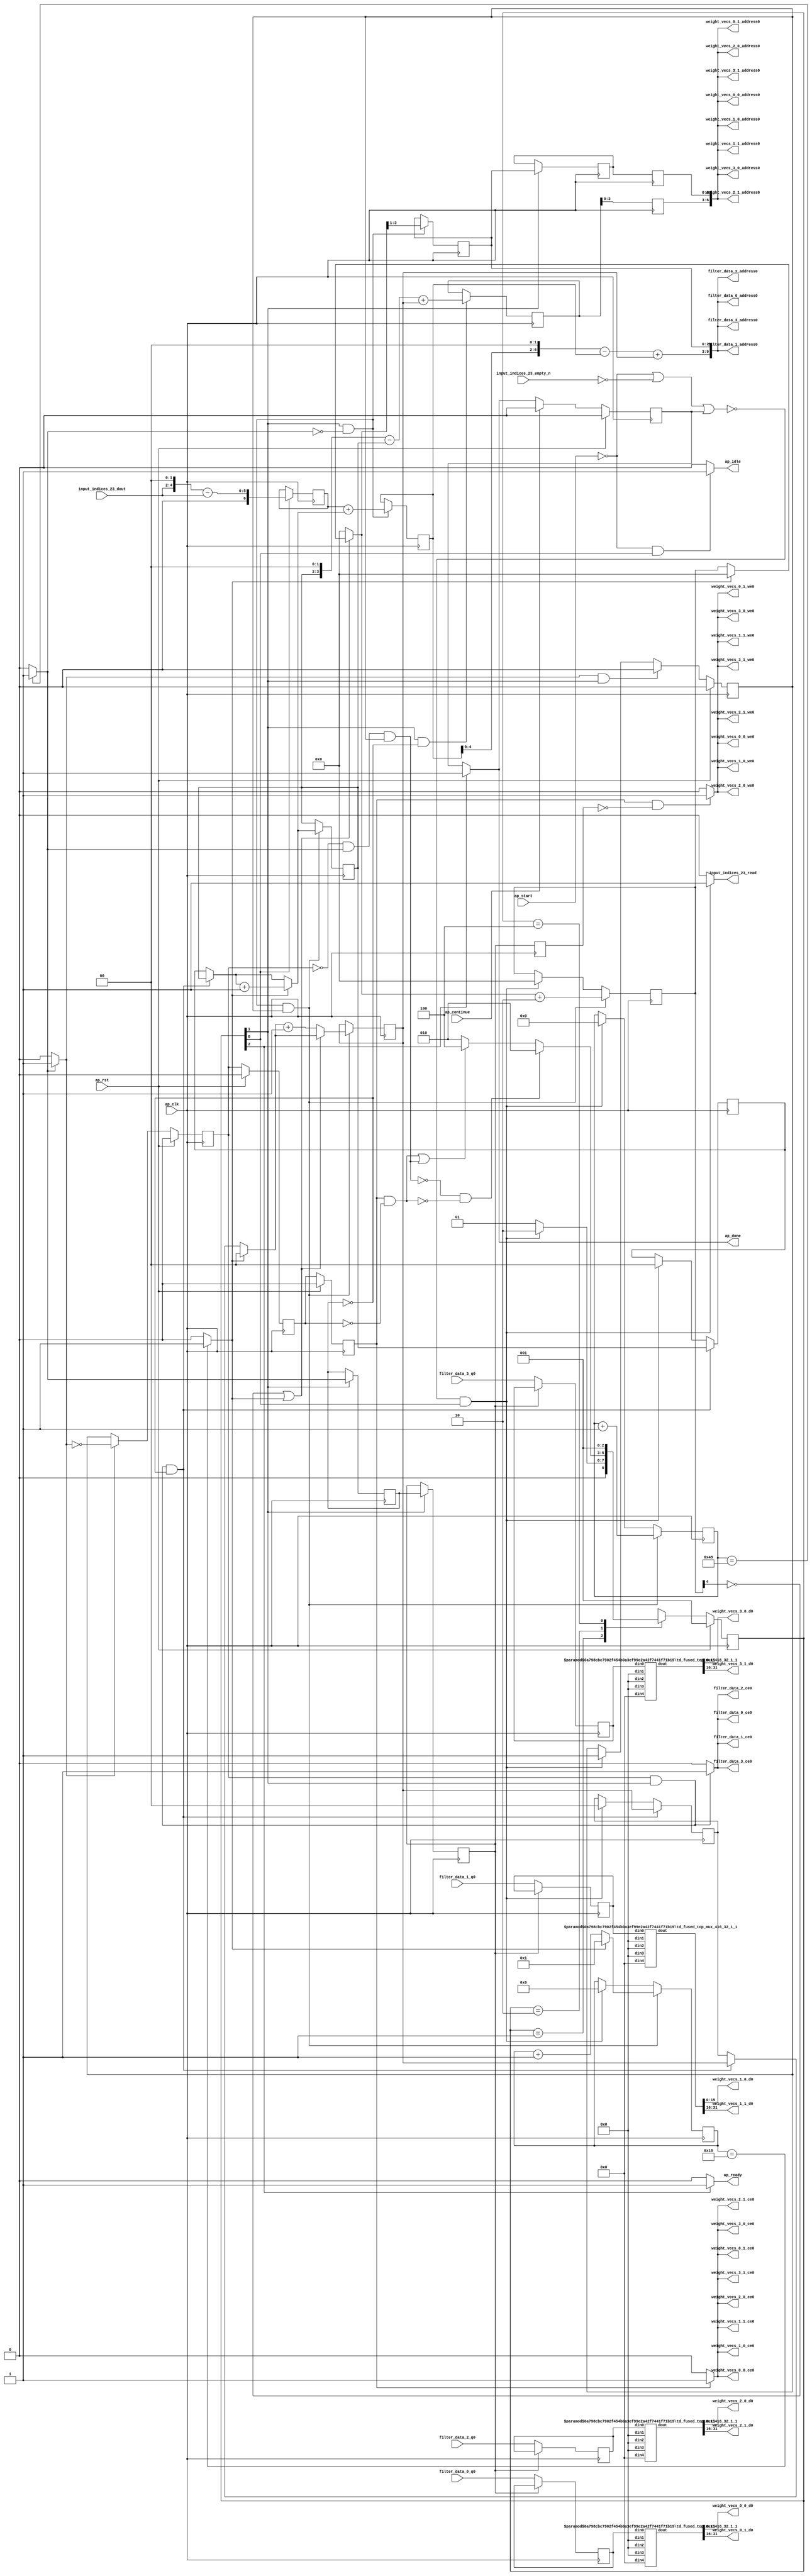
`define EXPONENT 5
`define MANTISSA 10
`define ACTUAL_MANTISSA 11
`define EXPONENT_LSB 10
`define EXPONENT_MSB 14
`define MANTISSA_LSB 0
`define MANTISSA_MSB 9
`define MANTISSA_MUL_SPLIT_LSB 3
`define MANTISSA_MUL_SPLIT_MSB 9
`define SIGN 1
`define SIGN_LOC 15
`define DWIDTH (`SIGN+`EXPONENT+`MANTISSA)
`define IEEE_COMPLIANCE 1

module td_fused_top_tdf2_readFilters24 (
        ap_clk,
        ap_rst,
        ap_start,
        ap_done,
        ap_continue,
        ap_idle,
        ap_ready,
        filter_data_0_address0,
        filter_data_0_ce0,
        filter_data_0_q0,
        filter_data_1_address0,
        filter_data_1_ce0,
        filter_data_1_q0,
        filter_data_2_address0,
        filter_data_2_ce0,
        filter_data_2_q0,
        filter_data_3_address0,
        filter_data_3_ce0,
        filter_data_3_q0,
        input_indices_23_dout,
        input_indices_23_empty_n,
        input_indices_23_read,
        weight_vecs_0_0_address0,
        weight_vecs_0_0_ce0,
        weight_vecs_0_0_we0,
        weight_vecs_0_0_d0,
        weight_vecs_0_1_address0,
        weight_vecs_0_1_ce0,
        weight_vecs_0_1_we0,
        weight_vecs_0_1_d0,
        weight_vecs_1_0_address0,
        weight_vecs_1_0_ce0,
        weight_vecs_1_0_we0,
        weight_vecs_1_0_d0,
        weight_vecs_1_1_address0,
        weight_vecs_1_1_ce0,
        weight_vecs_1_1_we0,
        weight_vecs_1_1_d0,
        weight_vecs_2_0_address0,
        weight_vecs_2_0_ce0,
        weight_vecs_2_0_we0,
        weight_vecs_2_0_d0,
        weight_vecs_2_1_address0,
        weight_vecs_2_1_ce0,
        weight_vecs_2_1_we0,
        weight_vecs_2_1_d0,
        weight_vecs_3_0_address0,
        weight_vecs_3_0_ce0,
        weight_vecs_3_0_we0,
        weight_vecs_3_0_d0,
        weight_vecs_3_1_address0,
        weight_vecs_3_1_ce0,
        weight_vecs_3_1_we0,
        weight_vecs_3_1_d0
);

parameter    ap_ST_fsm_state1 = 3'd1;
parameter    ap_ST_fsm_pp0_stage0 = 3'd2;
parameter    ap_ST_fsm_state6 = 3'd4;

input   ap_clk;
input   ap_rst;
input   ap_start;
output   ap_done;
input   ap_continue;
output   ap_idle;
output   ap_ready;
output  [9:0] filter_data_0_address0;
output   filter_data_0_ce0;
input  [31:0] filter_data_0_q0;
output  [9:0] filter_data_1_address0;
output   filter_data_1_ce0;
input  [31:0] filter_data_1_q0;
output  [9:0] filter_data_2_address0;
output   filter_data_2_ce0;
input  [31:0] filter_data_2_q0;
output  [9:0] filter_data_3_address0;
output   filter_data_3_ce0;
input  [31:0] filter_data_3_q0;
input  [2:0] input_indices_23_dout;
input   input_indices_23_empty_n;
output   input_indices_23_read;
output  [6:0] weight_vecs_0_0_address0;
output   weight_vecs_0_0_ce0;
output   weight_vecs_0_0_we0;
output  [15:0] weight_vecs_0_0_d0;
output  [6:0] weight_vecs_0_1_address0;
output   weight_vecs_0_1_ce0;
output   weight_vecs_0_1_we0;
output  [15:0] weight_vecs_0_1_d0;
output  [6:0] weight_vecs_1_0_address0;
output   weight_vecs_1_0_ce0;
output   weight_vecs_1_0_we0;
output  [15:0] weight_vecs_1_0_d0;
output  [6:0] weight_vecs_1_1_address0;
output   weight_vecs_1_1_ce0;
output   weight_vecs_1_1_we0;
output  [15:0] weight_vecs_1_1_d0;
output  [6:0] weight_vecs_2_0_address0;
output   weight_vecs_2_0_ce0;
output   weight_vecs_2_0_we0;
output  [15:0] weight_vecs_2_0_d0;
output  [6:0] weight_vecs_2_1_address0;
output   weight_vecs_2_1_ce0;
output   weight_vecs_2_1_we0;
output  [15:0] weight_vecs_2_1_d0;
output  [6:0] weight_vecs_3_0_address0;
output   weight_vecs_3_0_ce0;
output   weight_vecs_3_0_we0;
output  [15:0] weight_vecs_3_0_d0;
output  [6:0] weight_vecs_3_1_address0;
output   weight_vecs_3_1_ce0;
output   weight_vecs_3_1_we0;
output  [15:0] weight_vecs_3_1_d0;

reg ap_done;
reg ap_idle;
reg ap_ready;
reg filter_data_0_ce0;
reg filter_data_1_ce0;
reg filter_data_2_ce0;
reg filter_data_3_ce0;
reg input_indices_23_read;
reg weight_vecs_0_0_ce0;
reg weight_vecs_0_0_we0;
reg weight_vecs_0_1_ce0;
reg weight_vecs_0_1_we0;
reg weight_vecs_1_0_ce0;
reg weight_vecs_1_0_we0;
reg weight_vecs_1_1_ce0;
reg weight_vecs_1_1_we0;
reg weight_vecs_2_0_ce0;
reg weight_vecs_2_0_we0;
reg weight_vecs_2_1_ce0;
reg weight_vecs_2_1_we0;
reg weight_vecs_3_0_ce0;
reg weight_vecs_3_0_we0;
reg weight_vecs_3_1_ce0;
reg weight_vecs_3_1_we0;

reg    ap_done_reg;
  reg   [2:0] ap_CS_fsm;
wire    ap_CS_fsm_state1;
reg    input_indices_23_blk_n;
reg   [6:0] indvar_flatten13_reg_288;
reg   [1:0] ii_reg_299;
reg   [5:0] indvar_flatten_reg_310;
reg   [1:0] jj_reg_321;
reg   [4:0] kk_reg_332;
wire   [6:0] sext_ln47_fu_365_p1;
reg   [6:0] sext_ln47_reg_737;
wire   [6:0] add_ln47_5_fu_369_p2;
wire    ap_CS_fsm_pp0_stage0;
reg    ap_enable_reg_pp0_iter0;
wire    ap_block_state2_pp0_stage0_iter0;
wire    ap_block_state3_pp0_stage0_iter1;
wire    ap_block_state4_pp0_stage0_iter2;
wire    ap_block_state5_pp0_stage0_iter3;
wire    ap_block_pp0_stage0_11001;
wire   [0:0] icmp_ln47_fu_375_p2;
reg   [0:0] icmp_ln47_reg_747;
reg   [0:0] icmp_ln47_reg_747_pp0_iter1_reg;
reg   [0:0] icmp_ln47_reg_747_pp0_iter2_reg;
wire   [1:0] select_ln47_10_fu_409_p3;
reg   [1:0] select_ln47_10_reg_751;
wire   [6:0] add_ln55_fu_421_p2;
reg   [6:0] add_ln55_reg_758;
wire   [1:0] select_ln48_9_fu_460_p3;
reg   [1:0] select_ln48_9_reg_764;
reg   [2:0] lshr_ln_reg_771;
reg   [2:0] lshr_ln_reg_771_pp0_iter1_reg;
reg   [2:0] lshr_ln_reg_771_pp0_iter2_reg;
wire   [4:0] add_ln49_fu_478_p2;
wire   [5:0] select_ln48_10_fu_490_p3;
wire   [5:0] add_ln55_10_fu_554_p2;
reg   [5:0] add_ln55_10_reg_787;
reg   [5:0] add_ln55_10_reg_787_pp0_iter2_reg;
reg   [31:0] filter_data_0_load_reg_812;
reg   [31:0] filter_data_1_load_reg_817;
reg   [31:0] filter_data_2_load_reg_822;
reg   [31:0] filter_data_3_load_reg_827;
reg    ap_block_state1;
wire    ap_block_pp0_stage0_subdone;
reg    ap_condition_pp0_exit_iter0_state2;
reg    ap_enable_reg_pp0_iter1;
reg    ap_enable_reg_pp0_iter2;
reg    ap_enable_reg_pp0_iter3;
reg   [1:0] ap_phi_mux_ii_phi_fu_303_p4;
wire    ap_block_pp0_stage0;
reg   [1:0] ap_phi_mux_jj_phi_fu_325_p4;
wire   [63:0] tmp_44_fu_560_p3;
wire   [63:0] sext_ln55_10_fu_577_p1;
wire   [4:0] tmp_42_fu_347_p3;
wire   [5:0] zext_ln55_28_fu_355_p1;
wire   [5:0] zext_ln55_fu_343_p1;
wire   [5:0] sub_ln55_fu_359_p2;
wire   [0:0] icmp_ln48_fu_387_p2;
wire   [1:0] add_ln47_fu_381_p2;
wire   [6:0] zext_ln55_30_fu_417_p1;
wire   [0:0] tmp_70_fu_426_p3;
wire   [0:0] xor_ln49_fu_434_p2;
wire   [1:0] select_ln47_fu_393_p3;
wire   [0:0] or_ln47_fu_440_p2;
wire   [4:0] select_ln47_9_fu_401_p3;
wire   [1:0] add_ln48_fu_446_p2;
wire   [4:0] select_ln48_fu_452_p3;
wire   [5:0] add_ln48_5_fu_484_p2;
wire   [8:0] tmp_69_fu_504_p3;
wire   [60:0] sext_ln55_9_fu_511_p1;
wire   [60:0] sext_ln55_fu_501_p1;
wire   [3:0] tmp_43_fu_521_p3;
wire   [4:0] zext_ln55_31_fu_528_p1;
wire   [4:0] zext_ln55_29_fu_498_p1;
wire   [4:0] sub_ln55_10_fu_532_p2;
wire   [60:0] sub_ln55_9_fu_515_p2;
wire   [60:0] zext_ln55_33_fu_545_p1;
wire   [5:0] sext_ln48_fu_538_p1;
wire   [5:0] zext_ln55_32_fu_542_p1;
wire   [60:0] add_ln55_9_fu_548_p2;
wire   [8:0] tmp_71_fu_571_p3;
wire   [31:0] tmp_fu_589_p6;
wire   [15:0] trunc_ln55_fu_602_p1;
wire   [31:0] tmp_s_fu_611_p6;
wire   [15:0] trunc_ln55_13_fu_624_p1;
wire   [31:0] tmp_3_fu_633_p6;
wire   [15:0] trunc_ln55_14_fu_646_p1;
wire   [31:0] tmp_4_fu_655_p6;
wire   [15:0] trunc_ln55_15_fu_668_p1;
wire   [15:0] tmp_241_i_i_fu_677_p4;
wire   [15:0] tmp_243_i_i_fu_692_p4;
wire   [15:0] tmp_245_i_i_fu_707_p4;
wire   [15:0] tmp_247_i_i_fu_722_p4;
wire    ap_CS_fsm_state6;
reg   [2:0] ap_NS_fsm;
reg    ap_idle_pp0;
wire    ap_enable_pp0;
wire    ap_ce_reg;

// power-on initialization
initial begin
#0 ap_done_reg = 1'b0;
#0 ap_CS_fsm = 3'd1;
#0 ap_enable_reg_pp0_iter0 = 1'b0;
#0 ap_enable_reg_pp0_iter1 = 1'b0;
#0 ap_enable_reg_pp0_iter2 = 1'b0;
#0 ap_enable_reg_pp0_iter3 = 1'b0;
end

td_fused_top_mux_416_32_1_1 #(
    .ID( 1 ),
    .NUM_STAGE( 1 ),
    .din0_WIDTH( 32 ),
    .din1_WIDTH( 32 ),
    .din2_WIDTH( 32 ),
    .din3_WIDTH( 32 ),
    .din4_WIDTH( 16 ),
    .dout_WIDTH( 32 ))
mux_416_32_1_1_U219(
    .din0(filter_data_0_load_reg_812),
    .din1(32'd0),
    .din2(32'd0),
    .din3(32'd0),
    .din4(16'd0),
    .dout(tmp_fu_589_p6)
);

td_fused_top_mux_416_32_1_1 #(
    .ID( 1 ),
    .NUM_STAGE( 1 ),
    .din0_WIDTH( 32 ),
    .din1_WIDTH( 32 ),
    .din2_WIDTH( 32 ),
    .din3_WIDTH( 32 ),
    .din4_WIDTH( 16 ),
    .dout_WIDTH( 32 ))
mux_416_32_1_1_U220(
    .din0(filter_data_1_load_reg_817),
    .din1(32'd0),
    .din2(32'd0),
    .din3(32'd0),
    .din4(16'd0),
    .dout(tmp_s_fu_611_p6)
);

td_fused_top_mux_416_32_1_1 #(
    .ID( 1 ),
    .NUM_STAGE( 1 ),
    .din0_WIDTH( 32 ),
    .din1_WIDTH( 32 ),
    .din2_WIDTH( 32 ),
    .din3_WIDTH( 32 ),
    .din4_WIDTH( 16 ),
    .dout_WIDTH( 32 ))
mux_416_32_1_1_U221(
    .din0(filter_data_2_load_reg_822),
    .din1(32'd0),
    .din2(32'd0),
    .din3(32'd0),
    .din4(16'd0),
    .dout(tmp_3_fu_633_p6)
);

td_fused_top_mux_416_32_1_1 #(
    .ID( 1 ),
    .NUM_STAGE( 1 ),
    .din0_WIDTH( 32 ),
    .din1_WIDTH( 32 ),
    .din2_WIDTH( 32 ),
    .din3_WIDTH( 32 ),
    .din4_WIDTH( 16 ),
    .dout_WIDTH( 32 ))
mux_416_32_1_1_U222(
    .din0(filter_data_3_load_reg_827),
    .din1(32'd0),
    .din2(32'd0),
    .din3(32'd0),
    .din4(16'd0),
    .dout(tmp_4_fu_655_p6)
);

always @ (posedge ap_clk) begin
    if (ap_rst == 1'b1) begin
        ap_CS_fsm <= ap_ST_fsm_state1;
    end else begin
        ap_CS_fsm <= ap_NS_fsm;
    end
end

always @ (posedge ap_clk) begin
    if (ap_rst == 1'b1) begin
        ap_done_reg <= 1'b0;
    end else begin
        if ((ap_continue == 1'b1)) begin
            ap_done_reg <= 1'b0;
        end else if ((1'b1 == ap_CS_fsm_state6)) begin
            ap_done_reg <= 1'b1;
        end
    end
end

always @ (posedge ap_clk) begin
    if (ap_rst == 1'b1) begin
        ap_enable_reg_pp0_iter0 <= 1'b0;
    end else begin
        if (((1'b1 == ap_condition_pp0_exit_iter0_state2) & (1'b1 == ap_CS_fsm_pp0_stage0) & (1'b0 == ap_block_pp0_stage0_subdone))) begin
            ap_enable_reg_pp0_iter0 <= 1'b0;
        end else if ((~((ap_start == 1'b0) | (input_indices_23_empty_n == 1'b0) | (ap_done_reg == 1'b1)) & (1'b1 == ap_CS_fsm_state1))) begin
            ap_enable_reg_pp0_iter0 <= 1'b1;
        end
    end
end

always @ (posedge ap_clk) begin
    if (ap_rst == 1'b1) begin
        ap_enable_reg_pp0_iter1 <= 1'b0;
    end else begin
        if ((1'b0 == ap_block_pp0_stage0_subdone)) begin
            if ((1'b1 == ap_condition_pp0_exit_iter0_state2)) begin
                ap_enable_reg_pp0_iter1 <= (1'b1 ^ ap_condition_pp0_exit_iter0_state2);
            end else if ((1'b1 == 1'b1)) begin
                ap_enable_reg_pp0_iter1 <= ap_enable_reg_pp0_iter0;
            end
        end
    end
end

always @ (posedge ap_clk) begin
    if (ap_rst == 1'b1) begin
        ap_enable_reg_pp0_iter2 <= 1'b0;
    end else begin
        if ((1'b0 == ap_block_pp0_stage0_subdone)) begin
            ap_enable_reg_pp0_iter2 <= ap_enable_reg_pp0_iter1;
        end
    end
end

always @ (posedge ap_clk) begin
    if (ap_rst == 1'b1) begin
        ap_enable_reg_pp0_iter3 <= 1'b0;
    end else begin
        if ((1'b0 == ap_block_pp0_stage0_subdone)) begin
            ap_enable_reg_pp0_iter3 <= ap_enable_reg_pp0_iter2;
        end else if ((~((ap_start == 1'b0) | (input_indices_23_empty_n == 1'b0) | (ap_done_reg == 1'b1)) & (1'b1 == ap_CS_fsm_state1))) begin
            ap_enable_reg_pp0_iter3 <= 1'b0;
        end
    end
end

always @ (posedge ap_clk) begin
    if (((ap_enable_reg_pp0_iter1 == 1'b1) & (1'b1 == ap_CS_fsm_pp0_stage0) & (icmp_ln47_reg_747 == 1'd0) & (1'b0 == ap_block_pp0_stage0_11001))) begin
        ii_reg_299 <= select_ln47_10_reg_751;
    end else if ((~((ap_start == 1'b0) | (input_indices_23_empty_n == 1'b0) | (ap_done_reg == 1'b1)) & (1'b1 == ap_CS_fsm_state1))) begin
        ii_reg_299 <= 2'd0;
    end
end

always @ (posedge ap_clk) begin
    if (((1'b1 == ap_CS_fsm_pp0_stage0) & (icmp_ln47_fu_375_p2 == 1'd0) & (1'b0 == ap_block_pp0_stage0_11001) & (ap_enable_reg_pp0_iter0 == 1'b1))) begin
        indvar_flatten13_reg_288 <= add_ln47_5_fu_369_p2;
    end else if ((~((ap_start == 1'b0) | (input_indices_23_empty_n == 1'b0) | (ap_done_reg == 1'b1)) & (1'b1 == ap_CS_fsm_state1))) begin
        indvar_flatten13_reg_288 <= 7'd0;
    end
end

always @ (posedge ap_clk) begin
    if (((1'b1 == ap_CS_fsm_pp0_stage0) & (icmp_ln47_fu_375_p2 == 1'd0) & (1'b0 == ap_block_pp0_stage0_11001) & (ap_enable_reg_pp0_iter0 == 1'b1))) begin
        indvar_flatten_reg_310 <= select_ln48_10_fu_490_p3;
    end else if ((~((ap_start == 1'b0) | (input_indices_23_empty_n == 1'b0) | (ap_done_reg == 1'b1)) & (1'b1 == ap_CS_fsm_state1))) begin
        indvar_flatten_reg_310 <= 6'd0;
    end
end

always @ (posedge ap_clk) begin
    if (((ap_enable_reg_pp0_iter1 == 1'b1) & (1'b1 == ap_CS_fsm_pp0_stage0) & (icmp_ln47_reg_747 == 1'd0) & (1'b0 == ap_block_pp0_stage0_11001))) begin
        jj_reg_321 <= select_ln48_9_reg_764;
    end else if ((~((ap_start == 1'b0) | (input_indices_23_empty_n == 1'b0) | (ap_done_reg == 1'b1)) & (1'b1 == ap_CS_fsm_state1))) begin
        jj_reg_321 <= 2'd0;
    end
end

always @ (posedge ap_clk) begin
    if (((1'b1 == ap_CS_fsm_pp0_stage0) & (icmp_ln47_fu_375_p2 == 1'd0) & (1'b0 == ap_block_pp0_stage0_11001) & (ap_enable_reg_pp0_iter0 == 1'b1))) begin
        kk_reg_332 <= add_ln49_fu_478_p2;
    end else if ((~((ap_start == 1'b0) | (input_indices_23_empty_n == 1'b0) | (ap_done_reg == 1'b1)) & (1'b1 == ap_CS_fsm_state1))) begin
        kk_reg_332 <= 5'd0;
    end
end

always @ (posedge ap_clk) begin
    if (((1'b1 == ap_CS_fsm_pp0_stage0) & (icmp_ln47_reg_747 == 1'd0) & (1'b0 == ap_block_pp0_stage0_11001))) begin
        add_ln55_10_reg_787 <= add_ln55_10_fu_554_p2;
    end
end

always @ (posedge ap_clk) begin
    if ((1'b0 == ap_block_pp0_stage0_11001)) begin
        add_ln55_10_reg_787_pp0_iter2_reg <= add_ln55_10_reg_787;
        icmp_ln47_reg_747_pp0_iter2_reg <= icmp_ln47_reg_747_pp0_iter1_reg;
        lshr_ln_reg_771_pp0_iter2_reg <= lshr_ln_reg_771_pp0_iter1_reg;
    end
end

always @ (posedge ap_clk) begin
    if (((1'b1 == ap_CS_fsm_pp0_stage0) & (icmp_ln47_fu_375_p2 == 1'd0) & (1'b0 == ap_block_pp0_stage0_11001))) begin
        add_ln55_reg_758 <= add_ln55_fu_421_p2;
        lshr_ln_reg_771 <= {{select_ln48_fu_452_p3[3:1]}};
    end
end

always @ (posedge ap_clk) begin
    if (((icmp_ln47_reg_747_pp0_iter1_reg == 1'd0) & (1'b0 == ap_block_pp0_stage0_11001))) begin
        filter_data_0_load_reg_812 <= filter_data_0_q0;
        filter_data_1_load_reg_817 <= filter_data_1_q0;
        filter_data_2_load_reg_822 <= filter_data_2_q0;
        filter_data_3_load_reg_827 <= filter_data_3_q0;
    end
end

always @ (posedge ap_clk) begin
    if (((1'b1 == ap_CS_fsm_pp0_stage0) & (1'b0 == ap_block_pp0_stage0_11001))) begin
        icmp_ln47_reg_747 <= icmp_ln47_fu_375_p2;
        icmp_ln47_reg_747_pp0_iter1_reg <= icmp_ln47_reg_747;
        lshr_ln_reg_771_pp0_iter1_reg <= lshr_ln_reg_771;
    end
end

always @ (posedge ap_clk) begin
    if (((1'b1 == ap_CS_fsm_pp0_stage0) & (icmp_ln47_fu_375_p2 == 1'd0) & (1'b0 == ap_block_pp0_stage0_11001) & (ap_enable_reg_pp0_iter0 == 1'b1))) begin
        select_ln47_10_reg_751 <= select_ln47_10_fu_409_p3;
        select_ln48_9_reg_764 <= select_ln48_9_fu_460_p3;
    end
end

always @ (posedge ap_clk) begin
    if ((1'b1 == ap_CS_fsm_state1)) begin
        sext_ln47_reg_737 <= sext_ln47_fu_365_p1;
    end
end

always @ (*) begin
    if ((icmp_ln47_fu_375_p2 == 1'd1)) begin
        ap_condition_pp0_exit_iter0_state2 = 1'b1;
    end else begin
        ap_condition_pp0_exit_iter0_state2 = 1'b0;
    end
end

always @ (*) begin
    if ((1'b1 == ap_CS_fsm_state6)) begin
        ap_done = 1'b1;
    end else begin
        ap_done = ap_done_reg;
    end
end

always @ (*) begin
    if (((ap_start == 1'b0) & (1'b1 == ap_CS_fsm_state1))) begin
        ap_idle = 1'b1;
    end else begin
        ap_idle = 1'b0;
    end
end

always @ (*) begin
    if (((ap_enable_reg_pp0_iter3 == 1'b0) & (ap_enable_reg_pp0_iter2 == 1'b0) & (ap_enable_reg_pp0_iter1 == 1'b0) & (ap_enable_reg_pp0_iter0 == 1'b0))) begin
        ap_idle_pp0 = 1'b1;
    end else begin
        ap_idle_pp0 = 1'b0;
    end
end

always @ (*) begin
    if (((ap_enable_reg_pp0_iter1 == 1'b1) & (1'b1 == ap_CS_fsm_pp0_stage0) & (icmp_ln47_reg_747 == 1'd0) & (1'b0 == ap_block_pp0_stage0))) begin
        ap_phi_mux_ii_phi_fu_303_p4 = select_ln47_10_reg_751;
    end else begin
        ap_phi_mux_ii_phi_fu_303_p4 = ii_reg_299;
    end
end

always @ (*) begin
    if (((ap_enable_reg_pp0_iter1 == 1'b1) & (1'b1 == ap_CS_fsm_pp0_stage0) & (icmp_ln47_reg_747 == 1'd0) & (1'b0 == ap_block_pp0_stage0))) begin
        ap_phi_mux_jj_phi_fu_325_p4 = select_ln48_9_reg_764;
    end else begin
        ap_phi_mux_jj_phi_fu_325_p4 = jj_reg_321;
    end
end

always @ (*) begin
    if ((1'b1 == ap_CS_fsm_state6)) begin
        ap_ready = 1'b1;
    end else begin
        ap_ready = 1'b0;
    end
end

always @ (*) begin
    if (((ap_enable_reg_pp0_iter1 == 1'b1) & (1'b1 == ap_CS_fsm_pp0_stage0) & (1'b0 == ap_block_pp0_stage0_11001))) begin
        filter_data_0_ce0 = 1'b1;
    end else begin
        filter_data_0_ce0 = 1'b0;
    end
end

always @ (*) begin
    if (((ap_enable_reg_pp0_iter1 == 1'b1) & (1'b1 == ap_CS_fsm_pp0_stage0) & (1'b0 == ap_block_pp0_stage0_11001))) begin
        filter_data_1_ce0 = 1'b1;
    end else begin
        filter_data_1_ce0 = 1'b0;
    end
end

always @ (*) begin
    if (((ap_enable_reg_pp0_iter1 == 1'b1) & (1'b1 == ap_CS_fsm_pp0_stage0) & (1'b0 == ap_block_pp0_stage0_11001))) begin
        filter_data_2_ce0 = 1'b1;
    end else begin
        filter_data_2_ce0 = 1'b0;
    end
end

always @ (*) begin
    if (((ap_enable_reg_pp0_iter1 == 1'b1) & (1'b1 == ap_CS_fsm_pp0_stage0) & (1'b0 == ap_block_pp0_stage0_11001))) begin
        filter_data_3_ce0 = 1'b1;
    end else begin
        filter_data_3_ce0 = 1'b0;
    end
end

always @ (*) begin
    if ((~((ap_start == 1'b0) | (ap_done_reg == 1'b1)) & (1'b1 == ap_CS_fsm_state1))) begin
        input_indices_23_blk_n = input_indices_23_empty_n;
    end else begin
        input_indices_23_blk_n = 1'b1;
    end
end

always @ (*) begin
    if ((~((ap_start == 1'b0) | (input_indices_23_empty_n == 1'b0) | (ap_done_reg == 1'b1)) & (1'b1 == ap_CS_fsm_state1))) begin
        input_indices_23_read = 1'b1;
    end else begin
        input_indices_23_read = 1'b0;
    end
end

always @ (*) begin
    if (((ap_enable_reg_pp0_iter3 == 1'b1) & (1'b0 == ap_block_pp0_stage0_11001))) begin
        weight_vecs_0_0_ce0 = 1'b1;
    end else begin
        weight_vecs_0_0_ce0 = 1'b0;
    end
end

always @ (*) begin
    if (((ap_enable_reg_pp0_iter3 == 1'b1) & (icmp_ln47_reg_747_pp0_iter2_reg == 1'd0) & (1'b0 == ap_block_pp0_stage0_11001))) begin
        weight_vecs_0_0_we0 = 1'b1;
    end else begin
        weight_vecs_0_0_we0 = 1'b0;
    end
end

always @ (*) begin
    if (((ap_enable_reg_pp0_iter3 == 1'b1) & (1'b0 == ap_block_pp0_stage0_11001))) begin
        weight_vecs_0_1_ce0 = 1'b1;
    end else begin
        weight_vecs_0_1_ce0 = 1'b0;
    end
end

always @ (*) begin
    if (((ap_enable_reg_pp0_iter3 == 1'b1) & (icmp_ln47_reg_747_pp0_iter2_reg == 1'd0) & (1'b0 == ap_block_pp0_stage0_11001))) begin
        weight_vecs_0_1_we0 = 1'b1;
    end else begin
        weight_vecs_0_1_we0 = 1'b0;
    end
end

always @ (*) begin
    if (((ap_enable_reg_pp0_iter3 == 1'b1) & (1'b0 == ap_block_pp0_stage0_11001))) begin
        weight_vecs_1_0_ce0 = 1'b1;
    end else begin
        weight_vecs_1_0_ce0 = 1'b0;
    end
end

always @ (*) begin
    if (((ap_enable_reg_pp0_iter3 == 1'b1) & (icmp_ln47_reg_747_pp0_iter2_reg == 1'd0) & (1'b0 == ap_block_pp0_stage0_11001))) begin
        weight_vecs_1_0_we0 = 1'b1;
    end else begin
        weight_vecs_1_0_we0 = 1'b0;
    end
end

always @ (*) begin
    if (((ap_enable_reg_pp0_iter3 == 1'b1) & (1'b0 == ap_block_pp0_stage0_11001))) begin
        weight_vecs_1_1_ce0 = 1'b1;
    end else begin
        weight_vecs_1_1_ce0 = 1'b0;
    end
end

always @ (*) begin
    if (((ap_enable_reg_pp0_iter3 == 1'b1) & (icmp_ln47_reg_747_pp0_iter2_reg == 1'd0) & (1'b0 == ap_block_pp0_stage0_11001))) begin
        weight_vecs_1_1_we0 = 1'b1;
    end else begin
        weight_vecs_1_1_we0 = 1'b0;
    end
end

always @ (*) begin
    if (((ap_enable_reg_pp0_iter3 == 1'b1) & (1'b0 == ap_block_pp0_stage0_11001))) begin
        weight_vecs_2_0_ce0 = 1'b1;
    end else begin
        weight_vecs_2_0_ce0 = 1'b0;
    end
end

always @ (*) begin
    if (((ap_enable_reg_pp0_iter3 == 1'b1) & (icmp_ln47_reg_747_pp0_iter2_reg == 1'd0) & (1'b0 == ap_block_pp0_stage0_11001))) begin
        weight_vecs_2_0_we0 = 1'b1;
    end else begin
        weight_vecs_2_0_we0 = 1'b0;
    end
end

always @ (*) begin
    if (((ap_enable_reg_pp0_iter3 == 1'b1) & (1'b0 == ap_block_pp0_stage0_11001))) begin
        weight_vecs_2_1_ce0 = 1'b1;
    end else begin
        weight_vecs_2_1_ce0 = 1'b0;
    end
end

always @ (*) begin
    if (((ap_enable_reg_pp0_iter3 == 1'b1) & (icmp_ln47_reg_747_pp0_iter2_reg == 1'd0) & (1'b0 == ap_block_pp0_stage0_11001))) begin
        weight_vecs_2_1_we0 = 1'b1;
    end else begin
        weight_vecs_2_1_we0 = 1'b0;
    end
end

always @ (*) begin
    if (((ap_enable_reg_pp0_iter3 == 1'b1) & (1'b0 == ap_block_pp0_stage0_11001))) begin
        weight_vecs_3_0_ce0 = 1'b1;
    end else begin
        weight_vecs_3_0_ce0 = 1'b0;
    end
end

always @ (*) begin
    if (((ap_enable_reg_pp0_iter3 == 1'b1) & (icmp_ln47_reg_747_pp0_iter2_reg == 1'd0) & (1'b0 == ap_block_pp0_stage0_11001))) begin
        weight_vecs_3_0_we0 = 1'b1;
    end else begin
        weight_vecs_3_0_we0 = 1'b0;
    end
end

always @ (*) begin
    if (((ap_enable_reg_pp0_iter3 == 1'b1) & (1'b0 == ap_block_pp0_stage0_11001))) begin
        weight_vecs_3_1_ce0 = 1'b1;
    end else begin
        weight_vecs_3_1_ce0 = 1'b0;
    end
end

always @ (*) begin
    if (((ap_enable_reg_pp0_iter3 == 1'b1) & (icmp_ln47_reg_747_pp0_iter2_reg == 1'd0) & (1'b0 == ap_block_pp0_stage0_11001))) begin
        weight_vecs_3_1_we0 = 1'b1;
    end else begin
        weight_vecs_3_1_we0 = 1'b0;
    end
end

always @ (*) begin
    case (ap_CS_fsm)
        ap_ST_fsm_state1 : begin
            if ((~((ap_start == 1'b0) | (input_indices_23_empty_n == 1'b0) | (ap_done_reg == 1'b1)) & (1'b1 == ap_CS_fsm_state1))) begin
                ap_NS_fsm = ap_ST_fsm_pp0_stage0;
            end else begin
                ap_NS_fsm = ap_ST_fsm_state1;
            end
        end
        ap_ST_fsm_pp0_stage0 : begin
            if ((~((ap_enable_reg_pp0_iter1 == 1'b0) & (icmp_ln47_fu_375_p2 == 1'd1) & (1'b0 == ap_block_pp0_stage0_subdone) & (ap_enable_reg_pp0_iter0 == 1'b1)) & ~((ap_enable_reg_pp0_iter3 == 1'b1) & (ap_enable_reg_pp0_iter2 == 1'b0) & (1'b0 == ap_block_pp0_stage0_subdone)))) begin
                ap_NS_fsm = ap_ST_fsm_pp0_stage0;
            end else if ((((ap_enable_reg_pp0_iter3 == 1'b1) & (ap_enable_reg_pp0_iter2 == 1'b0) & (1'b0 == ap_block_pp0_stage0_subdone)) | ((ap_enable_reg_pp0_iter1 == 1'b0) & (icmp_ln47_fu_375_p2 == 1'd1) & (1'b0 == ap_block_pp0_stage0_subdone) & (ap_enable_reg_pp0_iter0 == 1'b1)))) begin
                ap_NS_fsm = ap_ST_fsm_state6;
            end else begin
                ap_NS_fsm = ap_ST_fsm_pp0_stage0;
            end
        end
        ap_ST_fsm_state6 : begin
            ap_NS_fsm = ap_ST_fsm_state1;
        end
        default : begin
            ap_NS_fsm = 'bx;
        end
    endcase
end

assign add_ln47_5_fu_369_p2 = (indvar_flatten13_reg_288 + 7'd1);

assign add_ln47_fu_381_p2 = (ap_phi_mux_ii_phi_fu_303_p4 + 2'd1);

assign add_ln48_5_fu_484_p2 = (indvar_flatten_reg_310 + 6'd1);

assign add_ln48_fu_446_p2 = (select_ln47_fu_393_p3 + 2'd1);

assign add_ln49_fu_478_p2 = (select_ln48_fu_452_p3 + 5'd2);

assign add_ln55_10_fu_554_p2 = ((sext_ln48_fu_538_p1) + (zext_ln55_32_fu_542_p1));

assign add_ln55_9_fu_548_p2 = (sub_ln55_9_fu_515_p2 + zext_ln55_33_fu_545_p1);

assign add_ln55_fu_421_p2 = ((sext_ln47_reg_737) + (zext_ln55_30_fu_417_p1));

assign ap_CS_fsm_pp0_stage0 = ap_CS_fsm[32'd1];

assign ap_CS_fsm_state1 = ap_CS_fsm[32'd0];

assign ap_CS_fsm_state6 = ap_CS_fsm[32'd2];

assign ap_block_pp0_stage0 = ~(1'b1 == 1'b1);

assign ap_block_pp0_stage0_11001 = ~(1'b1 == 1'b1);

assign ap_block_pp0_stage0_subdone = ~(1'b1 == 1'b1);

always @ (*) begin
    ap_block_state1 = ((ap_start == 1'b0) | (input_indices_23_empty_n == 1'b0) | (ap_done_reg == 1'b1));
end

assign ap_block_state2_pp0_stage0_iter0 = ~(1'b1 == 1'b1);

assign ap_block_state3_pp0_stage0_iter1 = ~(1'b1 == 1'b1);

assign ap_block_state4_pp0_stage0_iter2 = ~(1'b1 == 1'b1);

assign ap_block_state5_pp0_stage0_iter3 = ~(1'b1 == 1'b1);

assign ap_enable_pp0 = (ap_idle_pp0 ^ 1'b1);

assign filter_data_0_address0 = tmp_44_fu_560_p3;

assign filter_data_1_address0 = tmp_44_fu_560_p3;

assign filter_data_2_address0 = tmp_44_fu_560_p3;

assign filter_data_3_address0 = tmp_44_fu_560_p3;

assign icmp_ln47_fu_375_p2 = ((indvar_flatten13_reg_288 == 7'd72) ? 1'b1 : 1'b0);

assign icmp_ln48_fu_387_p2 = ((indvar_flatten_reg_310 == 6'd24) ? 1'b1 : 1'b0);

assign or_ln47_fu_440_p2 = (xor_ln49_fu_434_p2 | icmp_ln48_fu_387_p2);

assign select_ln47_10_fu_409_p3 = ((icmp_ln48_fu_387_p2[0:0] == 1'b1) ? add_ln47_fu_381_p2 : ap_phi_mux_ii_phi_fu_303_p4);

assign select_ln47_9_fu_401_p3 = ((icmp_ln48_fu_387_p2[0:0] == 1'b1) ? 5'd0 : kk_reg_332);

assign select_ln47_fu_393_p3 = ((icmp_ln48_fu_387_p2[0:0] == 1'b1) ? 2'd0 : ap_phi_mux_jj_phi_fu_325_p4);

assign select_ln48_10_fu_490_p3 = ((icmp_ln48_fu_387_p2[0:0] == 1'b1) ? 6'd1 : add_ln48_5_fu_484_p2);

assign select_ln48_9_fu_460_p3 = ((or_ln47_fu_440_p2[0:0] == 1'b1) ? select_ln47_fu_393_p3 : add_ln48_fu_446_p2);

assign select_ln48_fu_452_p3 = ((or_ln47_fu_440_p2[0:0] == 1'b1) ? select_ln47_9_fu_401_p3 : 5'd0);

assign sext_ln47_fu_365_p1 = (sub_ln55_fu_359_p2);

assign sext_ln48_fu_538_p1 = (sub_ln55_10_fu_532_p2);

assign sext_ln55_10_fu_577_p1 = (tmp_71_fu_571_p3);

assign sext_ln55_9_fu_511_p1 = (tmp_69_fu_504_p3);

assign sext_ln55_fu_501_p1 = add_ln55_reg_758;

assign sub_ln55_10_fu_532_p2 = (zext_ln55_31_fu_528_p1 - zext_ln55_29_fu_498_p1);

assign sub_ln55_9_fu_515_p2 = ((sext_ln55_9_fu_511_p1) - (sext_ln55_fu_501_p1));

assign sub_ln55_fu_359_p2 = (zext_ln55_28_fu_355_p1 - zext_ln55_fu_343_p1);

assign tmp_241_i_i_fu_677_p4 = {{tmp_fu_589_p6[31:16]}};

assign tmp_243_i_i_fu_692_p4 = {{tmp_s_fu_611_p6[31:16]}};

assign tmp_245_i_i_fu_707_p4 = {{tmp_3_fu_633_p6[31:16]}};

assign tmp_247_i_i_fu_722_p4 = {{tmp_4_fu_655_p6[31:16]}};

assign tmp_42_fu_347_p3 = {{input_indices_23_dout}, {2'd0}};

assign tmp_43_fu_521_p3 = {{select_ln47_10_reg_751}, {2'd0}};

assign tmp_44_fu_560_p3 = {{add_ln55_9_fu_548_p2}, {lshr_ln_reg_771}};

assign tmp_69_fu_504_p3 = {{add_ln55_reg_758}, {2'd0}};

assign tmp_70_fu_426_p3 = kk_reg_332[32'd4];

assign tmp_71_fu_571_p3 = {{add_ln55_10_reg_787_pp0_iter2_reg}, {lshr_ln_reg_771_pp0_iter2_reg}};

assign trunc_ln55_13_fu_624_p1 = tmp_s_fu_611_p6[15:0];

assign trunc_ln55_14_fu_646_p1 = tmp_3_fu_633_p6[15:0];

assign trunc_ln55_15_fu_668_p1 = tmp_4_fu_655_p6[15:0];

assign trunc_ln55_fu_602_p1 = tmp_fu_589_p6[15:0];

assign weight_vecs_0_0_address0 = sext_ln55_10_fu_577_p1;

assign weight_vecs_0_0_d0 = trunc_ln55_fu_602_p1;

assign weight_vecs_0_1_address0 = sext_ln55_10_fu_577_p1;

assign weight_vecs_0_1_d0 = tmp_241_i_i_fu_677_p4;

assign weight_vecs_1_0_address0 = sext_ln55_10_fu_577_p1;

assign weight_vecs_1_0_d0 = trunc_ln55_13_fu_624_p1;

assign weight_vecs_1_1_address0 = sext_ln55_10_fu_577_p1;

assign weight_vecs_1_1_d0 = tmp_243_i_i_fu_692_p4;

assign weight_vecs_2_0_address0 = sext_ln55_10_fu_577_p1;

assign weight_vecs_2_0_d0 = trunc_ln55_14_fu_646_p1;

assign weight_vecs_2_1_address0 = sext_ln55_10_fu_577_p1;

assign weight_vecs_2_1_d0 = tmp_245_i_i_fu_707_p4;

assign weight_vecs_3_0_address0 = sext_ln55_10_fu_577_p1;

assign weight_vecs_3_0_d0 = trunc_ln55_15_fu_668_p1;

assign weight_vecs_3_1_address0 = sext_ln55_10_fu_577_p1;

assign weight_vecs_3_1_d0 = tmp_247_i_i_fu_722_p4;

assign xor_ln49_fu_434_p2 = (tmp_70_fu_426_p3 ^ 1'd1);

assign zext_ln55_28_fu_355_p1 = tmp_42_fu_347_p3;

assign zext_ln55_29_fu_498_p1 = select_ln47_10_reg_751;

assign zext_ln55_30_fu_417_p1 = select_ln47_10_fu_409_p3;

assign zext_ln55_31_fu_528_p1 = tmp_43_fu_521_p3;

assign zext_ln55_32_fu_542_p1 = select_ln48_9_reg_764;

assign zext_ln55_33_fu_545_p1 = select_ln48_9_reg_764;

assign zext_ln55_fu_343_p1 = input_indices_23_dout;

endmodule //td_fused_top_tdf2_readFilters24

module td_fused_top_mux_416_32_1_1 #(
parameter
    ID                = 0,
    NUM_STAGE         = 1,
    din0_WIDTH       = 32,
    din1_WIDTH       = 32,
    din2_WIDTH       = 32,
    din3_WIDTH       = 32,
    din4_WIDTH         = 32,
    dout_WIDTH            = 32
)(
    input  [31 : 0]     din0,
    input  [31 : 0]     din1,
    input  [31 : 0]     din2,
    input  [31 : 0]     din3,
    input  [15 : 0]    din4,
    output [31 : 0]   dout);

// puts internal signals
wire [15 : 0]     sel;
// level 1 signals
wire [31 : 0]         mux_1_0;
wire [31 : 0]         mux_1_1;
// level 2 signals
wire [31 : 0]         mux_2_0;
// level 3 signals
wire [31 : 0]         mux_3_0;
// level 4 signals
wire [31 : 0]         mux_4_0;
// level 5 signals
wire [31 : 0]         mux_5_0;
// level 6 signals
wire [31 : 0]         mux_6_0;
// level 7 signals
wire [31 : 0]         mux_7_0;
// level 8 signals
wire [31 : 0]         mux_8_0;
// level 9 signals
wire [31 : 0]         mux_9_0;
// level 10 signals
wire [31 : 0]         mux_10_0;
// level 11 signals
wire [31 : 0]         mux_11_0;
// level 12 signals
wire [31 : 0]         mux_12_0;
// level 13 signals
wire [31 : 0]         mux_13_0;
// level 14 signals
wire [31 : 0]         mux_14_0;
// level 15 signals
wire [31 : 0]         mux_15_0;
// level 16 signals
wire [31 : 0]         mux_16_0;

assign sel = din4;

// Generate level 1 logic
assign mux_1_0 = (sel[0] == 0)? din0 : din1;
assign mux_1_1 = (sel[0] == 0)? din2 : din3;

// Generate level 2 logic
assign mux_2_0 = (sel[1] == 0)? mux_1_0 : mux_1_1;

// Generate level 3 logic
assign mux_3_0 = mux_2_0;

// Generate level 4 logic
assign mux_4_0 = mux_3_0;

// Generate level 5 logic
assign mux_5_0 = mux_4_0;

// Generate level 6 logic
assign mux_6_0 = mux_5_0;

// Generate level 7 logic
assign mux_7_0 = mux_6_0;

// Generate level 8 logic
assign mux_8_0 = mux_7_0;

// Generate level 9 logic
assign mux_9_0 = mux_8_0;

// Generate level 10 logic
assign mux_10_0 = mux_9_0;

// Generate level 11 logic
assign mux_11_0 = mux_10_0;

// Generate level 12 logic
assign mux_12_0 = mux_11_0;

// Generate level 13 logic
assign mux_13_0 = mux_12_0;

// Generate level 14 logic
assign mux_14_0 = mux_13_0;

// Generate level 15 logic
assign mux_15_0 = mux_14_0;

// Generate level 16 logic
assign mux_16_0 = mux_15_0;

// output logic
assign dout = mux_16_0;

endmodule